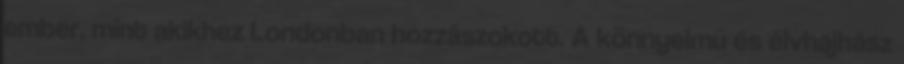
ember, mint akikhez Londonban hozzászokott. A könnyelmű és élvhajhász